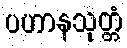
ပဟာနသုတ္တံ